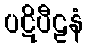
ပဋိပီဠနံ